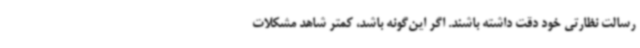
رسالت نظارتی خود دقت داشته باشند. اگر این‌گونه باشد، کمتر شاهد مشکلات